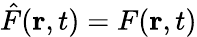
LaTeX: \hat{F}({\mathbf r},t)=F({\mathbf r},t)